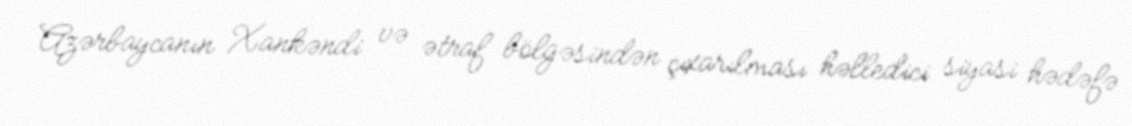
Azərbaycanın Xankəndi və ətraf bölgəsindən çıxarılması həlledici siyasi hədəfə